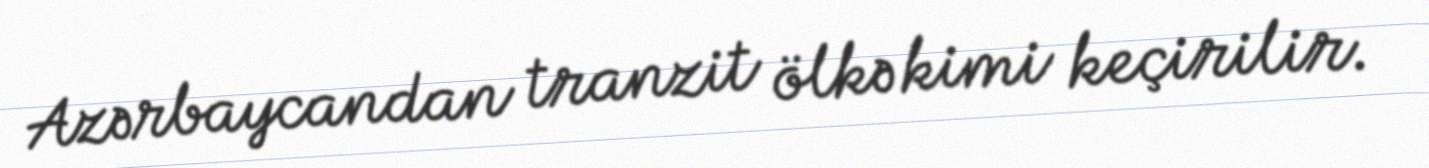
Azərbaycandan tranzit ölkə kimi keçirilir.